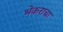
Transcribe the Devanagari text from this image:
भेकराचा